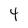
Character: 4